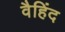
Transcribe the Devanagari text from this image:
वैहिंद